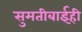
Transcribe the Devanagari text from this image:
सुमतीबाईही